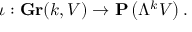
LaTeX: \iota : \mathbf { G r } ( k , V ) \to \mathbf { P } \left( \Lambda ^ { k } V \right) .